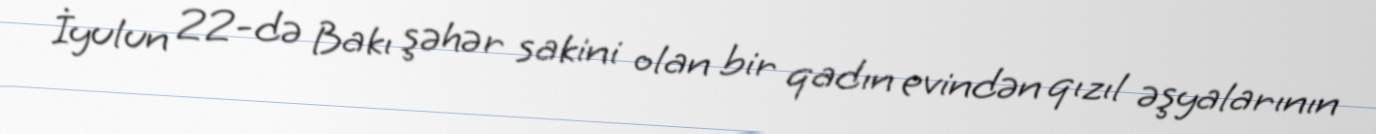
İyulun 22-də Bakı şəhər sakini olan bir qadın evindən qızıl əşyalarının